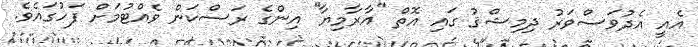
އެއީ އެދުވަސްވަރު ދިމިޝްޤު ގައި އޮތް ''އާރާމިޔާ'' އިންގެ ރަސްކަން ވެއްޓުމަށް ފަހުގައެވެ.